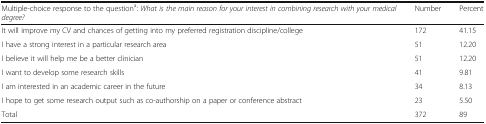
| Multiple-choice response to the questiona: What is the main reason for your interest in combining research with your medical degree? | Number | Percent |
 | --- | --- | --- |
 | It will improve my CV and chances of getting into my preferred registration discipline/college | 172 | 41.15 |
 | I have a strong interest in a particular research area | 51 | 12.20 |
 | I believe it will help me be a better clinician | 51 | 12.20 |
 | I want to develop some research skills | 41 | 9.81 |
 | I am interested in an academic career in the future | 34 | 8.13 |
 | I hope to get some research output such as co-authorship on a paper or conference abstract | 23 | 5.50 |
 | Total | 372 | 89 |